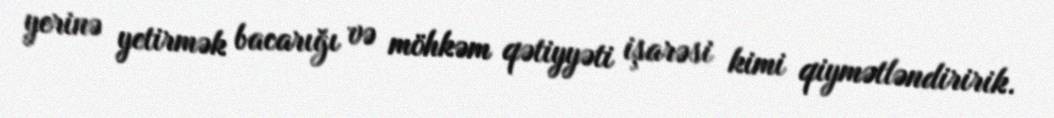
yerinə yetirmək bacarığı və möhkəm qətiyyəti işarəsi kimi qiymətləndiririk.